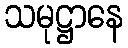
သမုဋ္ဌာနေ